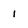
Character: 1